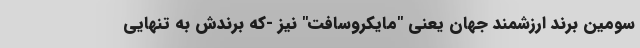
سومین برند ارزشمند جهان یعنی "مایکروسافت" نیز -که برندش به تنهایی